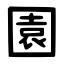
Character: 園